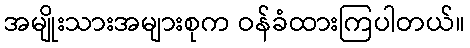
အမျိုးသားအများစုက ဝန်ခံထားကြပါတယ်။